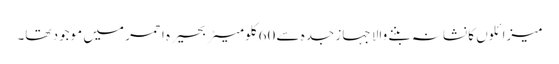
میزائلوں کا نشانہ بننے والا جہاز جدہ سے 60 کلومیٹر بحیرہ احمر میں موجود تھا۔